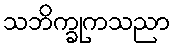
သဘိက္ခုကသညာ